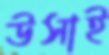
উসাই